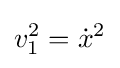
v_{1}^{2}={\dot {x}}^{2}